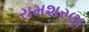
રામશરણ